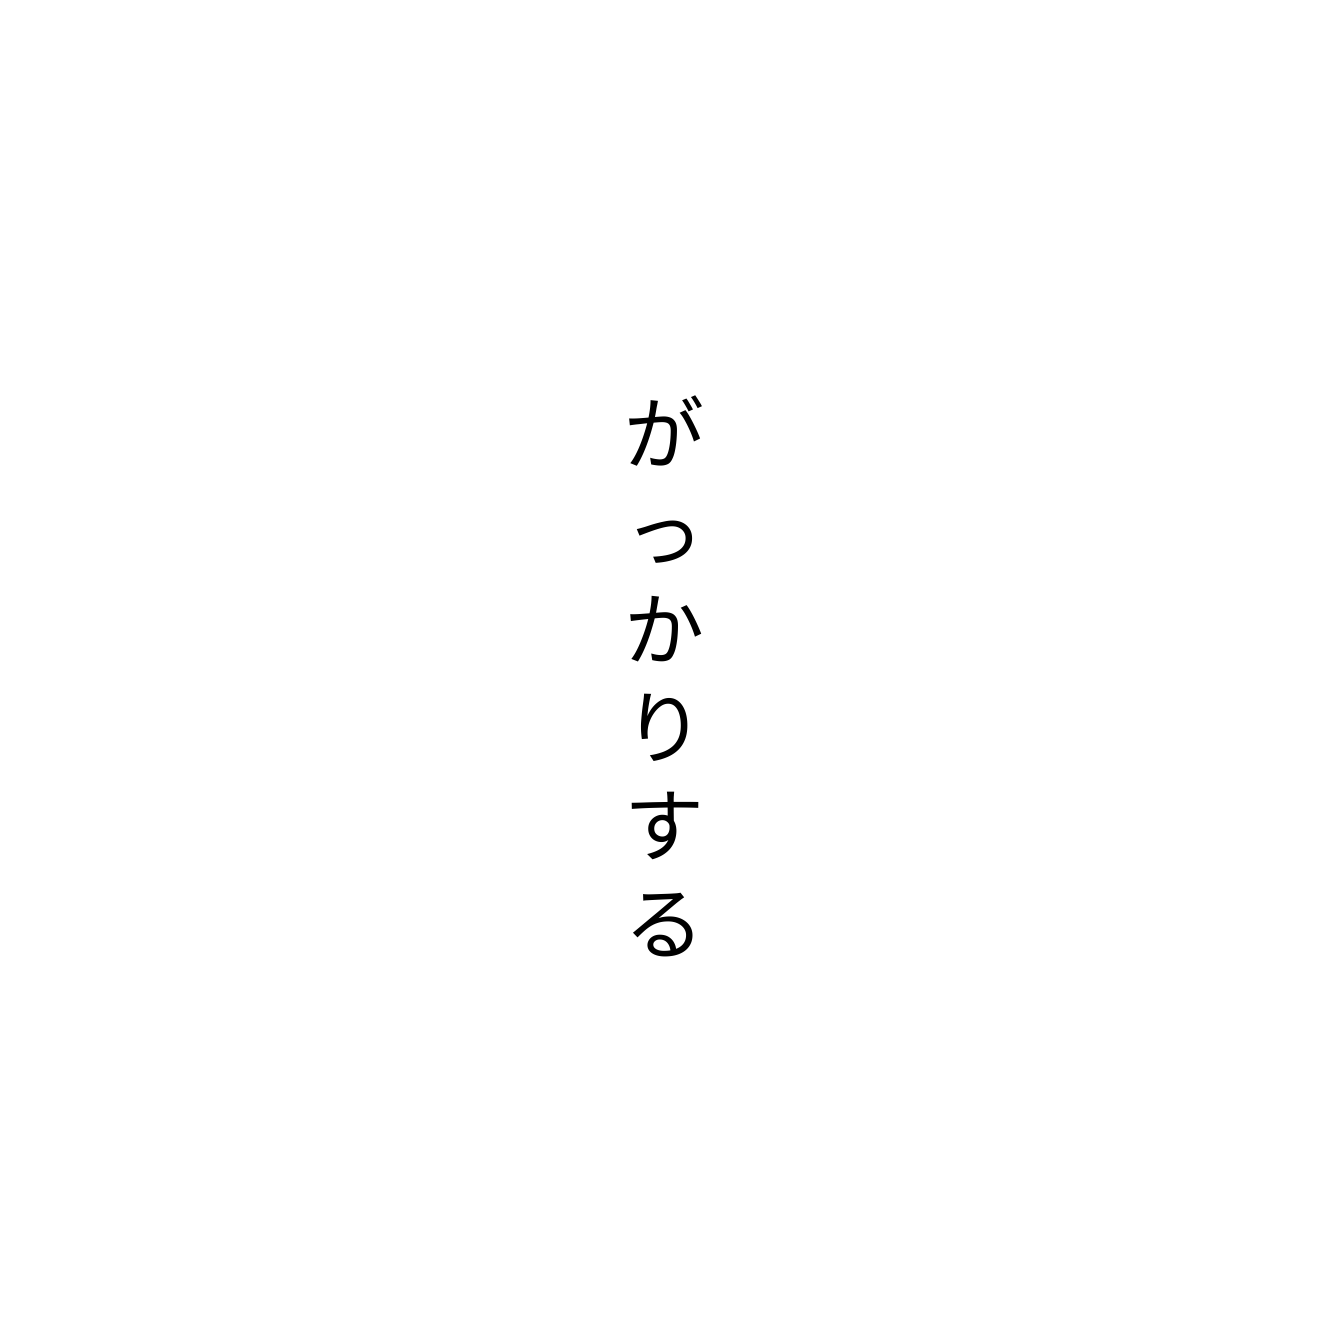
がっかりする